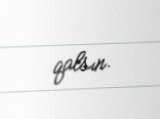
qalsın.